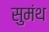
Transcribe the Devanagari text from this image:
सुमंथ